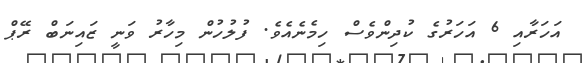
އަހަރާއި 6 އަހަރުގެ ކުދިންވެސް ހިމެނެއެވެ. ފުލުހުން މިހާރު ވަނީ ޒައިނަބް ރޭޕް